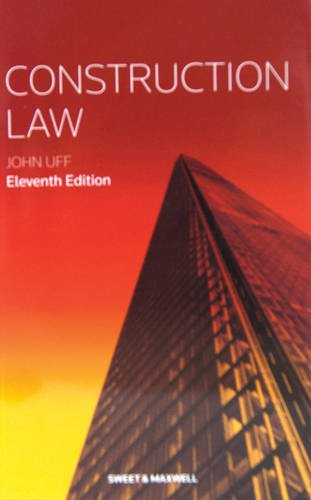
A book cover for Construction Law; John Uff; Law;